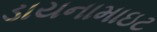
ડાયનામાઇટ